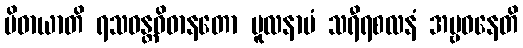
ပိဓာယာတိ ရသဝန္တဝိဓာနတော မူလနာမံ သရီရစလနံ အမ္ဗဝနေတိ